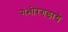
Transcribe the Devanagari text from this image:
गंभीरगडाचे